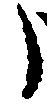
う